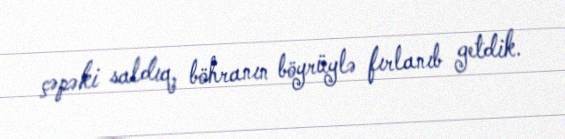
çəpəki saldıq, böhranın böyrüylə fırlanıb getdik.